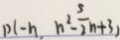
p ( - n , n ^ { 2 } - \frac { 5 } { 2 } n + 3 )